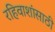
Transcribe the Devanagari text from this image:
रहिवाशांसाठी